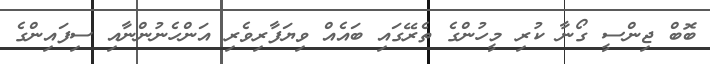
ބޮބް ޖިންސީ ގޯނާ ކުރި މީހުންގެ ތެރޭގައި ބައެއް ވިޔަފާރިވެރި އަންހެނުންނާއި ސިފައިންގެ